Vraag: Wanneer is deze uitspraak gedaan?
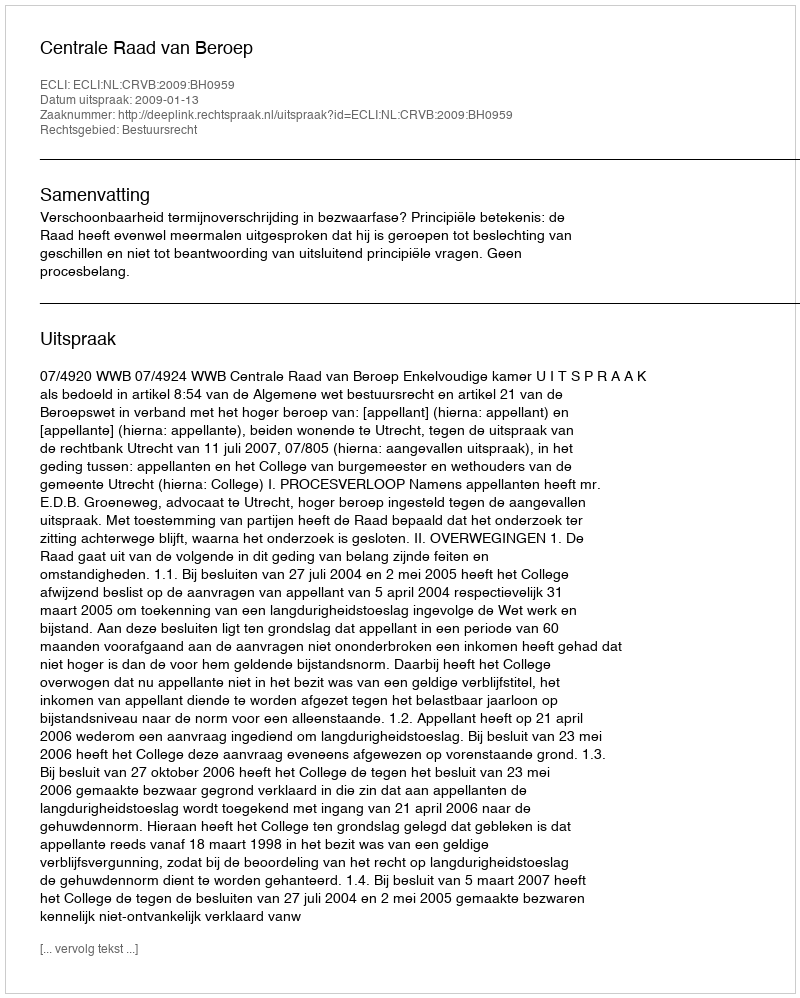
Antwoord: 2009-01-13